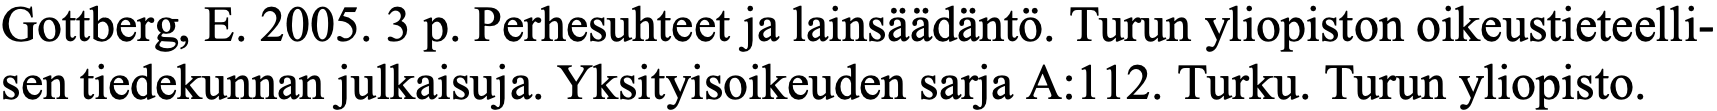
Gottberg, E. 2005. 3 p. Perhesuhteet ja lainsäädäntö. Turun yliopiston oikeustieteelli- sen tiedekunnan julkaisuja. Yksityisoikeuden sarja A:112. Turku. Turun yliopisto.